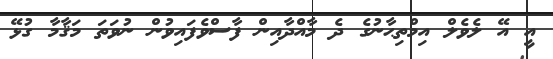
އީ އޭ ލެވެލް އިމްތިޙާނުގެ ދެ މާއްދާއިން ފާސްވެފައިވުން ނުވަތަ މަޤާމާ ގުޅޭ